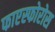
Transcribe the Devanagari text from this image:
फाएस्फोरोस